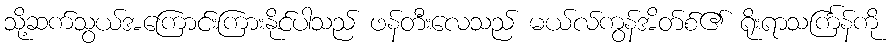
သို့ဆက်သွယ်အကြောင်းကြားနိုင်ပါသည် ဖန်တီးလေသည် မယ်လ်ကွန်အိတ်စ်၏ ရိုးရာသင်္ကြန်ကို